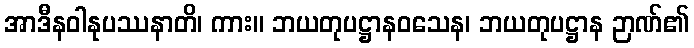
အာဒီနဝါနုပဿနာတိ၊ ကား။ ဘယတုပဋ္ဌာနဝသေန၊ ဘယတုပဋ္ဌာန ဉာဏ်၏